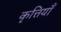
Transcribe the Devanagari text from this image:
कृत्तियाँ